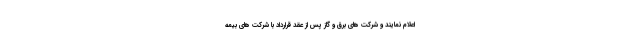
اعلام نمایند و شرکت های برق و گاز پس از عقد قرارداد با شرکت های بیمه